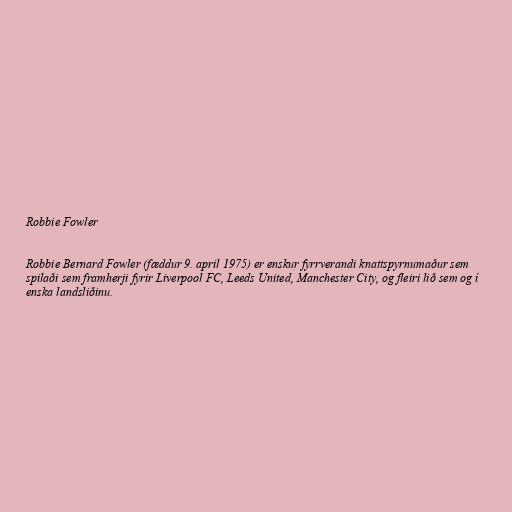
Robbie Fowler

Robbie Bernard Fowler (fæddur 9. april 1975) er enskur fyrrverandi knattspyrnumaður sem
spilaði sem framherji fyrir Liverpool FC, Leeds United, Manchester City, og fleiri lið sem og í
enska landsliðinu.